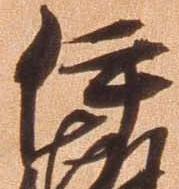
伊